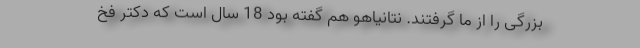
بزرگی را از ما گرفتند. نتانیاهو هم گفته بود 18 سال است که دکتر فخ